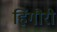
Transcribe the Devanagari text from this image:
हिंगौरी